Vaccination in Burma 1920-1933 - 1920-1933
Year: 1920
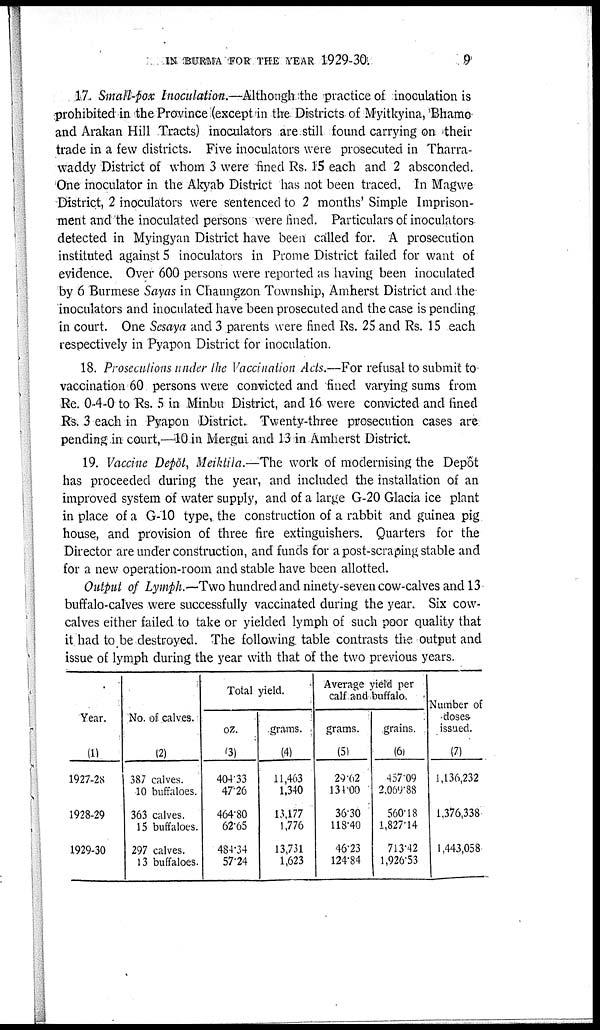
IN BURMA FOR THE YEAR 1929-30.
9
17. Small-pox Inoculation.—Although the practice of inoculation is
prohibited in the Province (except in the Districts of Myitkyina, Bhamo
and Arakan Hill Tracts) inoculators are still found carrying on their
trade in a few districts. Five inoculators were prosecuted in Tharra-
waddy District of whom 3 were fined Rs. 15 each and 2 absconded.
One inoculator in the Akyab District has not been traced. In Magwe
District, 2 inoculators were sentenced to 2 months Simple Imprison-
ment and the inoculated persons were fined. Particulars of inoculators
detected in Myingyan District have been called for. A prosecution
instituted against 5 inoculators in Prome District failed for want of
evidence. Over 600 persons were reported as having been inoculated
by 6 Burmese Sayas in Chaungzon Township, Amherst District and the
inoculators and inoculated have been prosecuted and the case is pending
in court. One Sesaya and 3 parents were fined Rs. 25 and Rs. 15 each
respectively in Pyapon District for inoculation.
18. Prosecutions under the Vaccination Acts.—For refusal to submit to
vaccination 60 persons were convicted and fined varying sums from
Re. 0-4-0 to Rs. 5 in Minbu District, and 16 were convicted and fined
Rs. 3 each in Pyapon District. Twenty-three prosecution cases are
pending in count,—10 in Mergui and 13 in Amherst District.
19. Vaccine Depôt, Meiktila.—The work of modernising the Depôt
has proceeded during the year, and included the installation of an
improved system of water supply, and of a large G-20 Glacia ice plant
in place of a G-10 type, the construction of a rabbit and guinea pig
house, and provision of three fire extinguishers. Quarters for the
Director are under construction, and funds for a post-scraping stable and
for a new operation-room and stable have been allotted.
Output of Lymph.—Two hundred and ninety-seven cow-calves and 13
buffalo-calves were successfully vaccinated during the year. Six cow-
calves either failed to take or yielded lymph of such poor quality that
it had to be destroyed. The following table contrasts the output and
issue of lymph during the year with that of the two previous years.
Year.
(1)
1927-28
1928-29
1929-30
No. of calves.
(2)
387 calves.
10 buffaloes.
363 calves.
15 buffaloes.
297 calves.
13 buffaloes.
Total yield.
oz.
(3)
404.33
47.26
464.80
62.65
484.34
57.24
grams.
(4)
11,463
1,340
13,177
1,776
13,731
1,623
Average yield per
calf and buffalo.
grams.
(5)
29.62
134.00
36.30
118.40
46.23
124.84
grams.
(6)
457.09
2,069.88
560.18
1,827.14
713.42
1,926.53
Number of
doses
issued.
(7)
1,136,232
1,376,338
1,443,058